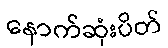
နောက်ဆုံးပိတ်